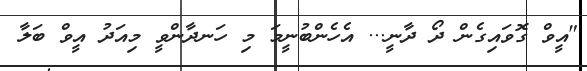
"އީވް ގޮވައިގެން ދޯ ދާނީ... އެހެންބުނީމަ މި ހަނދާންވީ މިއަދު އީވް ބަލާ